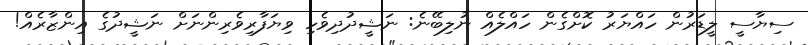
ސިޔާސީ ލީޑަރުން ހައްޔަރު ކޮށްގެން ހައްލެއް ނުލިބޭނެ: ނަޝީދުދިވެހި ވިޔަފާރިވެރިންނަށް ނަޝީދުގެ އިންޒާރެއް!